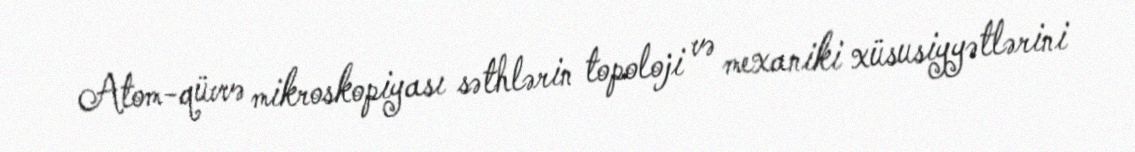
Atom-qüvvə mikroskopiyası səthlərin topoloji və mexaniki xüsusiyyətlərini